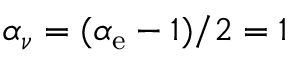
\alpha _ { \nu } = ( \alpha _ { \mathrm { e } } - 1 ) / 2 = 1